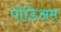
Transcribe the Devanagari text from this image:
पोडिअम